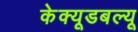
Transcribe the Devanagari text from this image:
केक्यूडबल्यू